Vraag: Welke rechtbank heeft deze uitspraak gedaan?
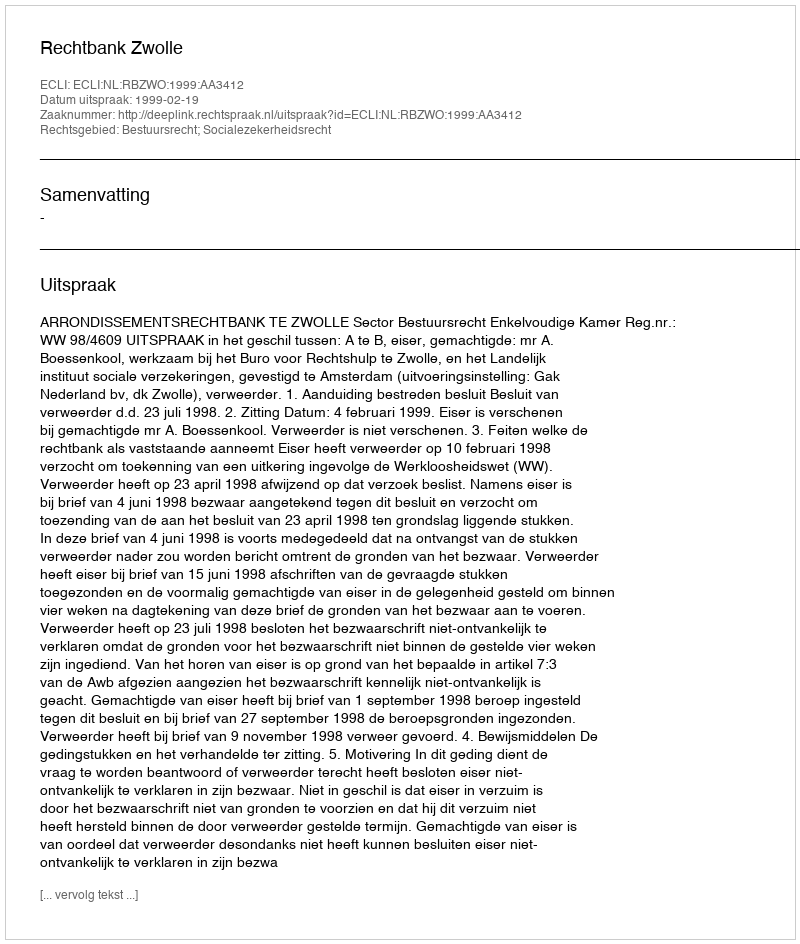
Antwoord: Rechtbank Zwolle